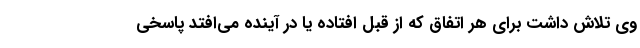
وی تلاش داشت برای هر اتفاق که از قبل افتاده یا در آینده می‌افتد پاسخی